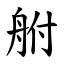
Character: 䑧